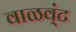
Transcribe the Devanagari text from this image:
वाळव्ंट